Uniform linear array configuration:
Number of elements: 8
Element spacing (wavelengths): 0.75
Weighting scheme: hamming
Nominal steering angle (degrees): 45
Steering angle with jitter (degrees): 44.093
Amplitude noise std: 0.05
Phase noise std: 0.05

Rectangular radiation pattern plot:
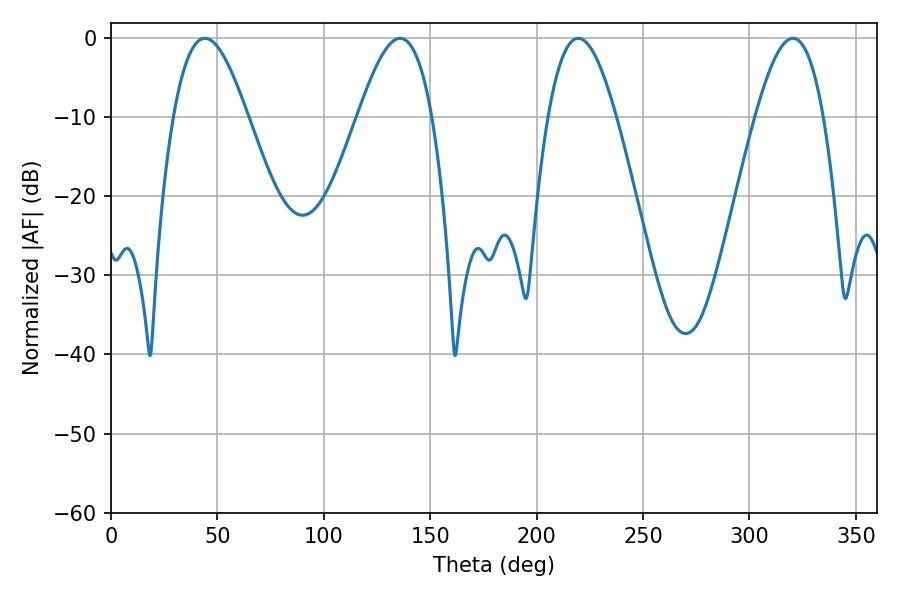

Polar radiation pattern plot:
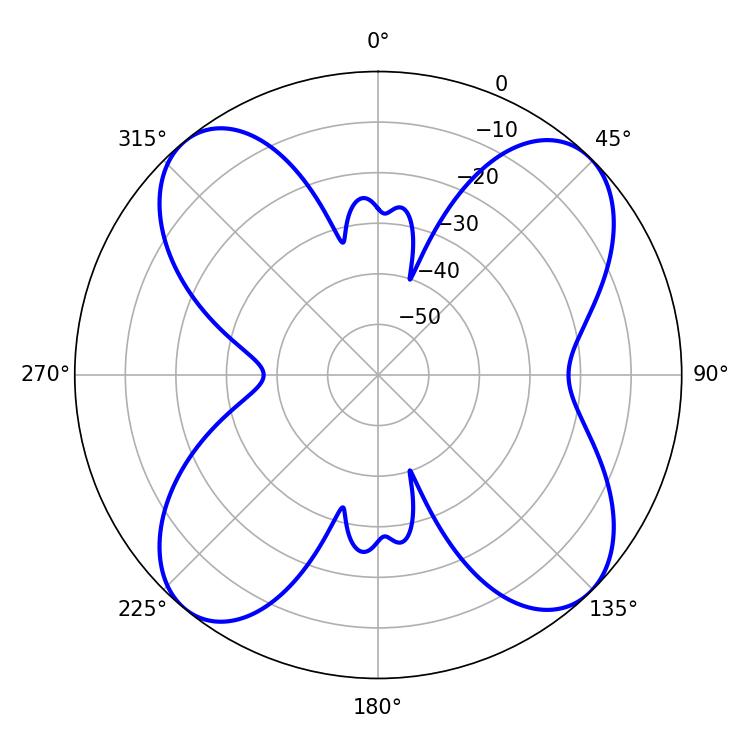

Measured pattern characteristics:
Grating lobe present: TRUE
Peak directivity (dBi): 13.553
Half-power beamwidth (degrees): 18.9
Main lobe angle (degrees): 44.1